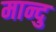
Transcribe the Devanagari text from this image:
मान्दु